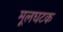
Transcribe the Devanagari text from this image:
मूलघटक